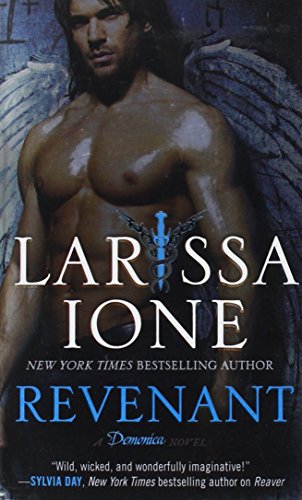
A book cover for Revenant (Demonica); Larissa Ione; Romance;